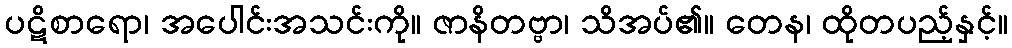
ပဋိစာရော၊ အပေါင်းအသင်းကို။ ဇာနိတဗ္ဗာ၊ သိအပ်၏။ တေန၊ ထိုတပည့်နှင့်။